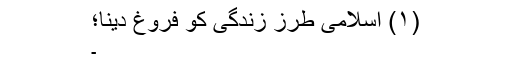
(۱) اسلامی طرز زندگی کو فروغ دینا؛
۔